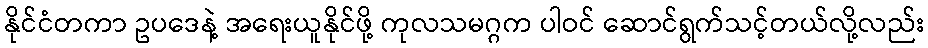
နိုင်ငံတကာ ဥပဒေနဲ့ အရေးယူနိုင်ဖို့ ကုလသမဂ္ဂက ပါဝင် ဆောင်ရွက်သင့်တယ်လို့လည်း